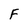
Character: F